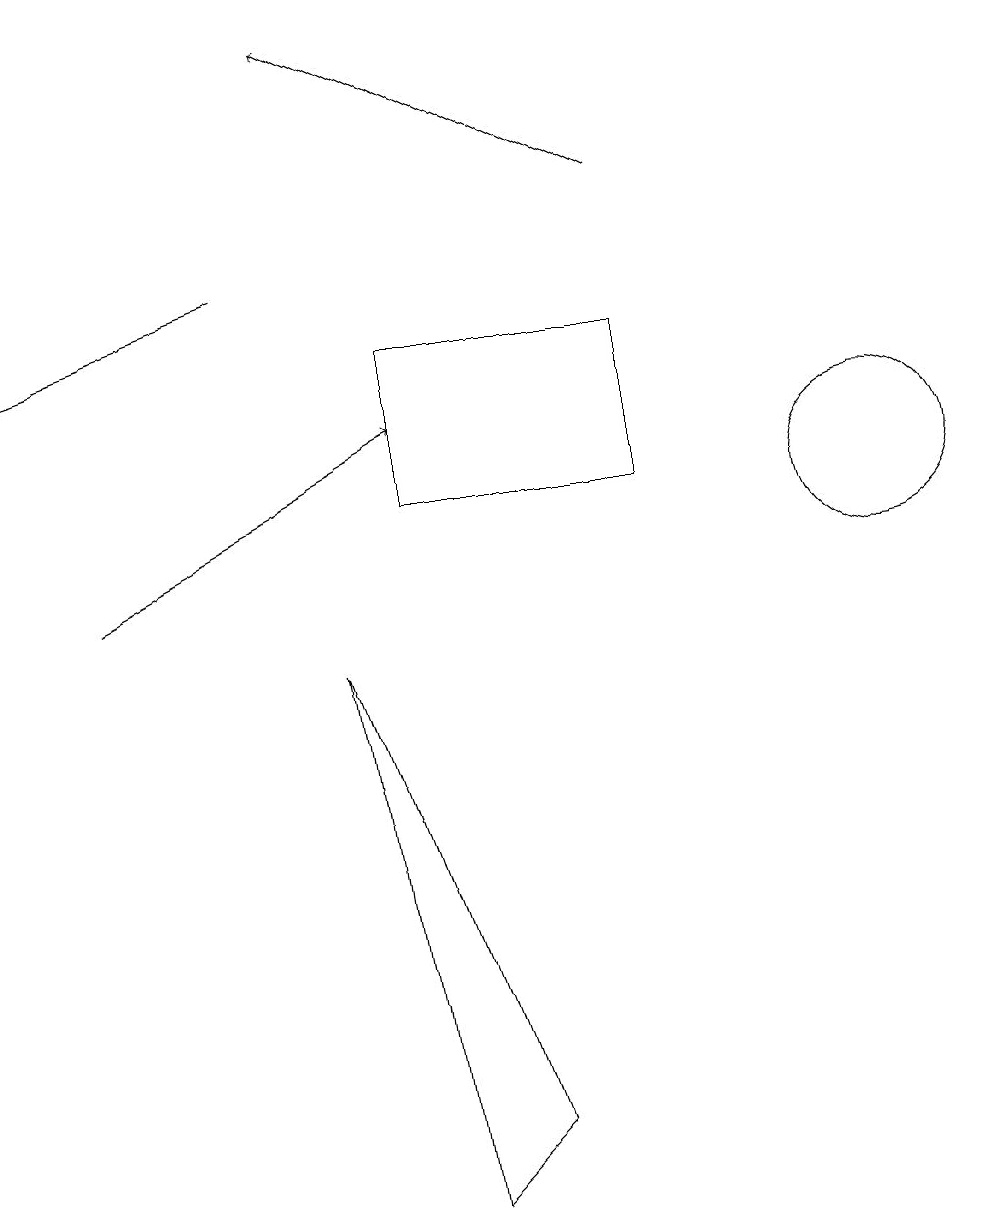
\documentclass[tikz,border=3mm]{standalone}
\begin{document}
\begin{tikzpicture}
\draw[->] (8,15) -- (4,17);
\draw[->] (3,14) -- (0,13);
\draw[->] (1,10) -- (5,12);
\draw (5,13) rectangle (8,11);
\draw (5,2) -- (4,9) -- (6,3) -- cycle;
\draw (11,11) circle (1);
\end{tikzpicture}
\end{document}